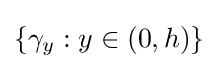
\{\gamma _{y}:y\in (0,h)\}